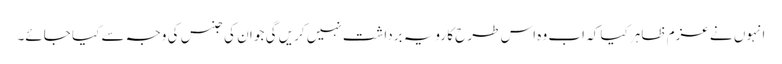
انہوں نے عزم ظاہر کیا کہ اب وہ اس طرح کا رویہ برداشت نہیں کریں گی جو ان کی جنس کی وجہ سے کیا جائے۔